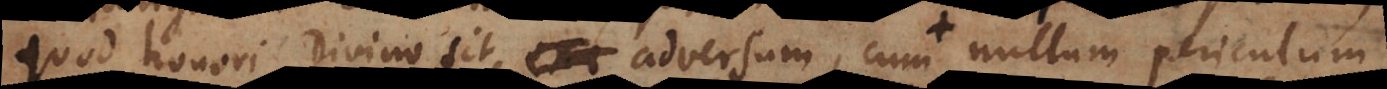
quod honori divino sit adversum, cum nullum periculum